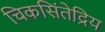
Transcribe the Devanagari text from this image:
चिकसिंतेद्रिय